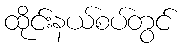
ထိုင်းနယ်စပ်တွင်